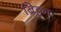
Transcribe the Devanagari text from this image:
ब्रिहन